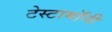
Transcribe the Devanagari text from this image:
टेस्टामॉनी